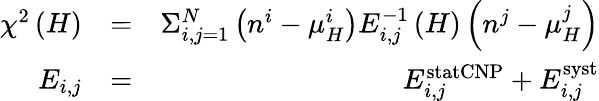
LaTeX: \begin{array}{rlr}{\chi^{2}\left(H\right)}&{=}&{\Sigma_{i,j=1}^{N}\left(n^{i}-\mu_{H}^{i}\right)E_{i,j}^{-1}\left(H\right)\left(n^{j}-\mu_{H}^{j}\right)}\\ {E_{i,j}}&{=}&{E_{i,j}^{\textrm{statCNP}}+E_{i,j}^{\textrm{syst}}}\end{array}